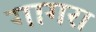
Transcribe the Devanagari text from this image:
गागरा